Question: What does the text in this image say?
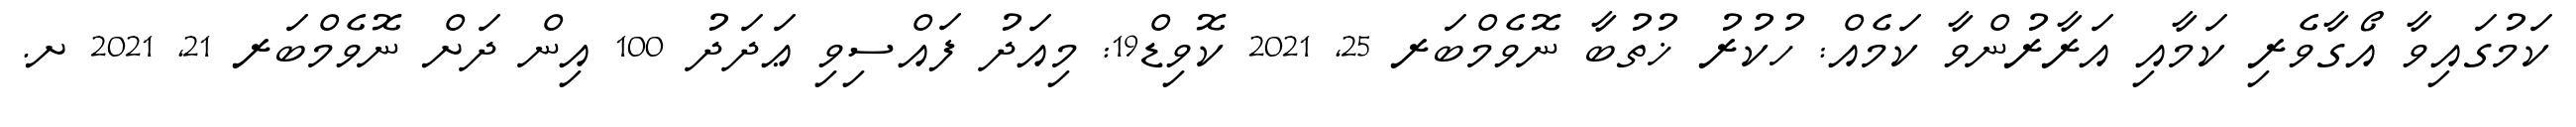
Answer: ކަމުގައިވާ އޯގާވެރި ކަމާއި އަރާރުންވާ ކަމެއް: ހުކުރު ޚުތުބާ ނޮވެމްބަރ 25, 2021 ކޮވިޑް19: މިއަދު ފައްސިވި ޢަދަދު 100 އިން ދަށް ނޮވެމްބަރ 21, 2021 ށ.